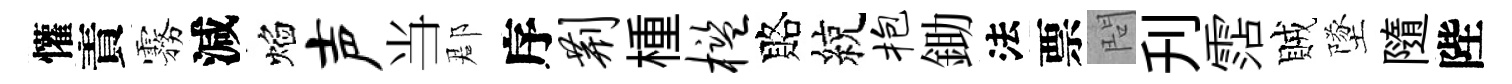
懽責霧減焰声当郡序荆㮔槛賂綂抱鋤法票問刋霑賊墜隨陛